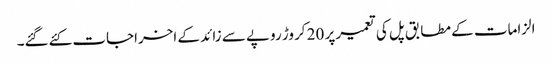
الزامات کے مطابق پل کی تعمیر پر 20 کروڑ روپے سے زائد کے اخراجات کئےگئے۔